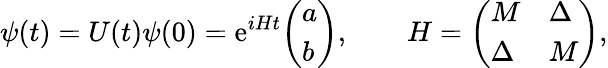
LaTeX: \psi(t)=U(t)\psi(0)=\mathrm{{e}}^{iHt}{\left(\begin{array}{l}{a}\\ {b}\end{array}\right)},\qquad H={\left(\begin{array}{ll}{M}&{\Delta}\\ {\Delta}&{M}\end{array}\right)},